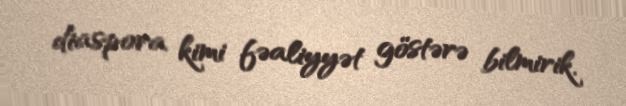
diaspora kimi fəaliyyət göstərə bilmirik.